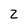
Character: z